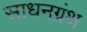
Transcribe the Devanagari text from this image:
साधनग्रंथ